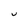
Character: U